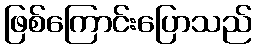
ဖြစ်ကြောင်းပြောသည်